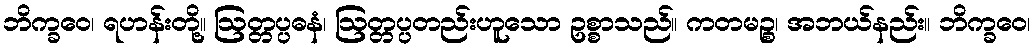
ဘိက္ခဝေ၊ ရဟန်းတို့။ ဩတ္တပ္ပဓနံ၊ ဩတ္တပ္ပတည်းဟူသော ဥစ္စာသည်။ ကတမဉ္စ၊ အဘယ်နည်း။ ဘိက္ခဝေ၊